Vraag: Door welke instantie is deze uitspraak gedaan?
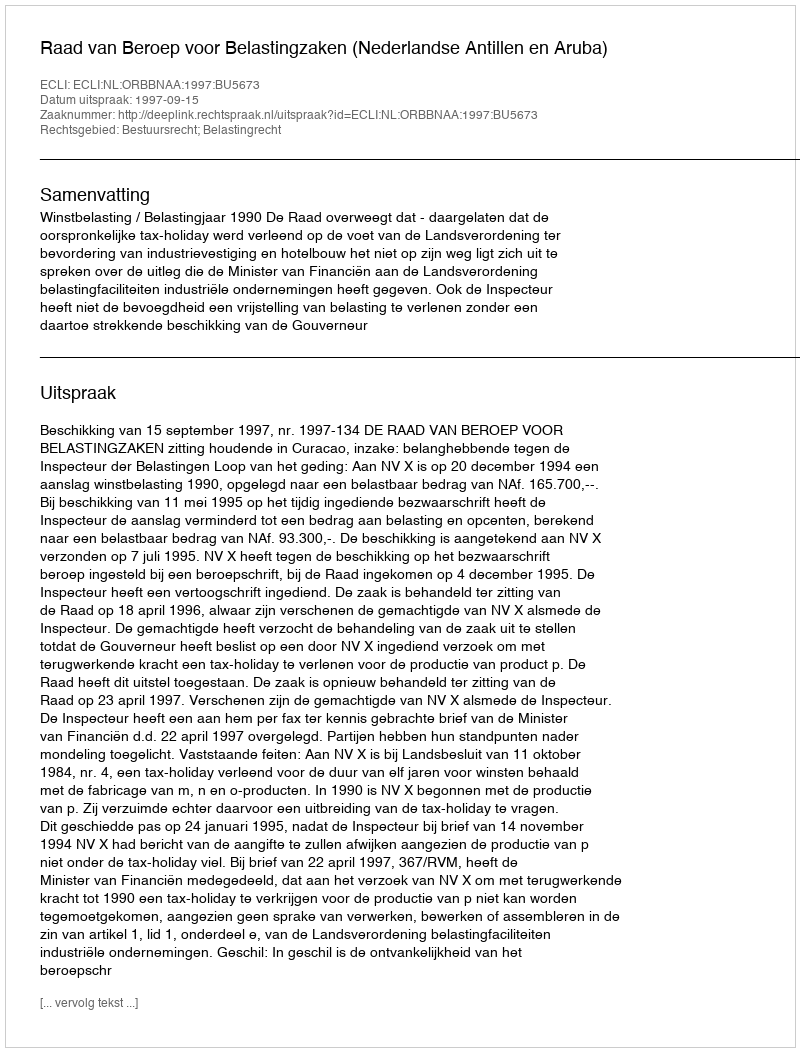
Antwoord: Raad van Beroep voor Belastingzaken (Nederlandse Antillen en Aruba)